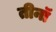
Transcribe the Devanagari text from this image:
तीनॉ